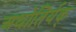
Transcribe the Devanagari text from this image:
अधोतिर्यक्‌